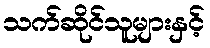
သက်ဆိုင်သူများနှင့်